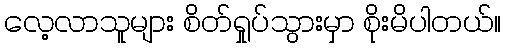
လေ့လာသူများ စိတ်ရှုပ်သွားမှာ စိုးမိပါတယ်။